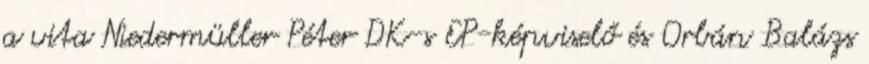
a vita Niedermüller Péter DK-s EP-képviselő és Orbán Balázs